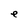
Character: e